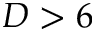
D > 6